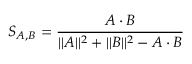
S _ { A , B } = \frac { A \cdot B } { | | A | | ^ { 2 } + | | B | | ^ { 2 } - A \cdot B }